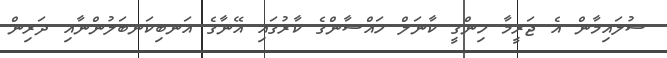
ސުލައިމާން އެ ޖަރީމާ ހިންގީ ކާނަލް ހައްސާންގެ ކާރުގައި އޭނާގެ އަނބިކަނބަލުންނާއި ދަރިން